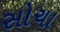
સોચા